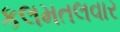
કલમતલવાર